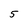
Character: 5